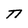
Character: n